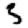
Digit: 3